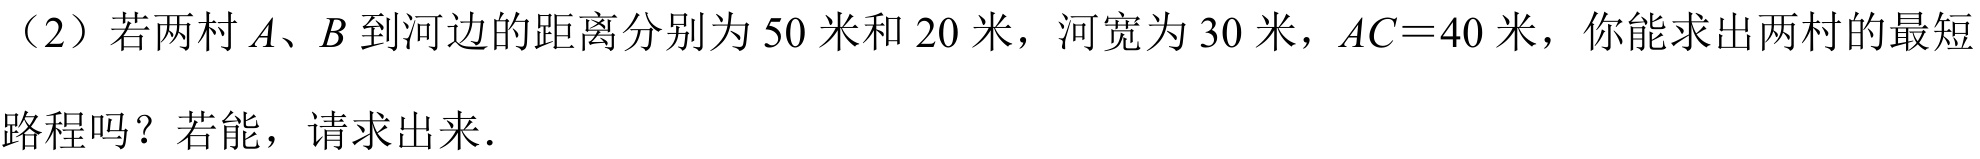
（2）若两村\(A、B\)到河边的距离分别为\(50\)米和\(20\)米，河宽为\(30\)米，\(AC = 40\)米，你能求出两村的最短路程吗？若能，请求出来．